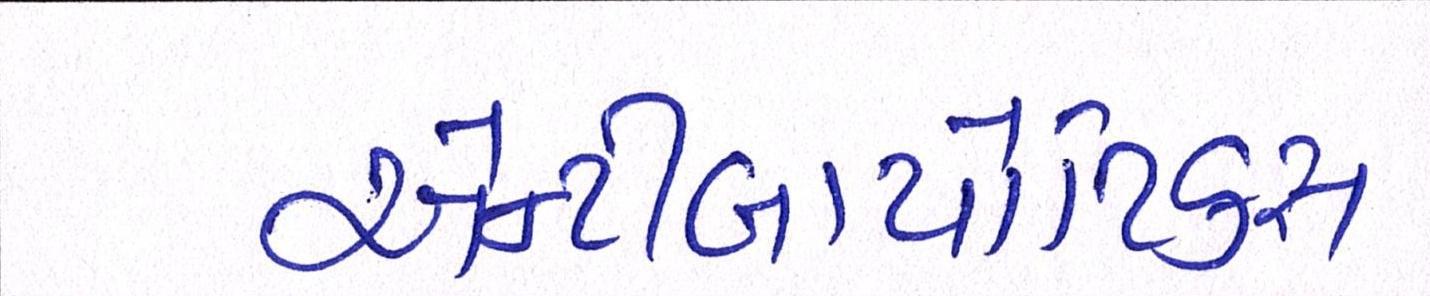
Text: એન્ટીબાયોટિકસ